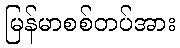
မြန်မာစစ်တပ်အား